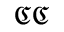
{ \mathfrak { C } } { \mathfrak { C } }